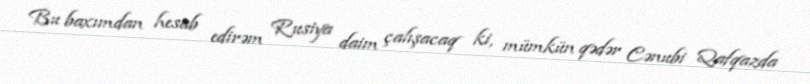
Bu baxımdan hesab edirəm Rusiya daim çalışacaq ki, mümkün qədər Cənubi Qafqazda